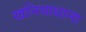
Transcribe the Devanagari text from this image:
खनियाधाना